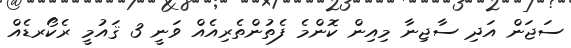
ސަޖަން އަދި ސާޖިނާ މިއިން ކޮންމެ ފެތުންތެރިއެއް ވަނީ 3 ޤައުމީ ރެކޯރޑެއް